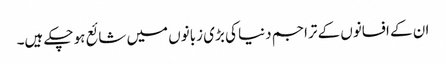
ان کے افسانوں کے تراجم دنیا کی بڑی زبانوں میں شائع ہو چکے ہیں۔